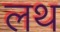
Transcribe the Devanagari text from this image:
लथ